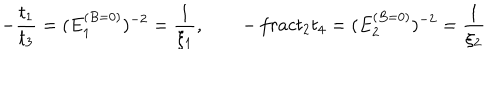
LaTeX: - { \frac { t _ { 1 } } { t _ { 3 } } } = ( E _ { 1 } ^ { ( B = 0 ) } ) ^ { - 2 } = { \frac { 1 } { \xi _ { 1 } } } , \qquad - { \, \frac { t _ { 2 } } { t _ { 4 } } } = ( E _ { 2 } ^ { ( B = 0 ) } ) ^ { - 2 } = { \frac { 1 } { \xi _ { 2 } } }